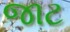
જાટ